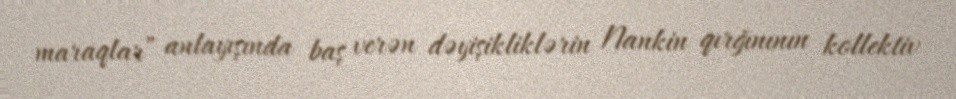
maraqlar” anlayışında baş verən dəyişikliklərin Nankin qırğınının kollektiv